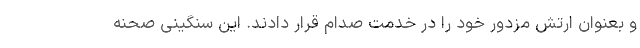
و بعنوان ارتش مزدور خود را در خدمت صدام قرار دادند. این سنگینی صحنه